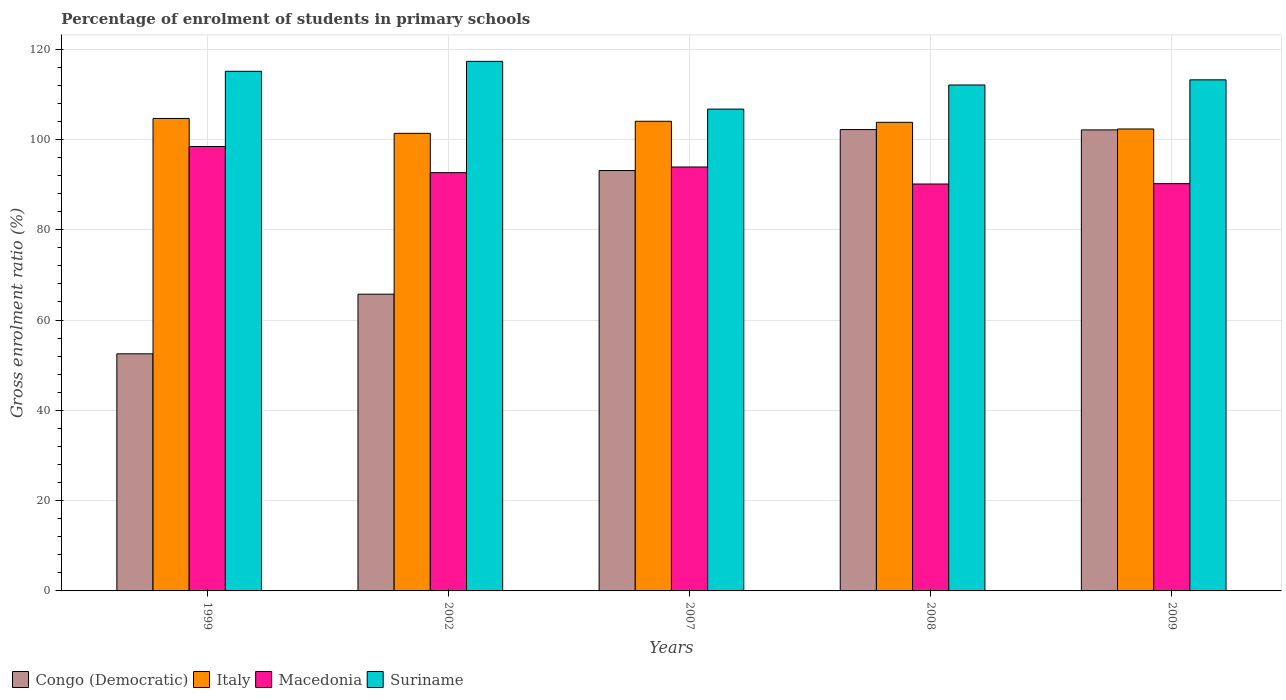
| Years | Congo (Democratic) | Italy | Macedonia | Suriname |
 | --- | --- | --- | --- | --- |
 | 1999 | 52.5 | 105 | 98.4 | 115 |
 | 2002 | 65.7 | 101 | 92.6 | 117 |
 | 2007 | 93.1 | 104 | 93.9 | 107 |
 | 2008 | 102 | 104 | 90.1 | 112 |
 | 2009 | 102 | 102 | 90.2 | 113 |